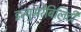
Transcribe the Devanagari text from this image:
इन्युमरेबिलिटी